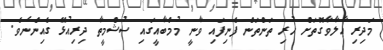
މަދިރި އާލާވާގޮތަށް ހުރި ތަންތަން ފެނިފައި ވާނީ މުމްބާއީގައި ސުޝްމީތާ ދިރިއުޅޭ ގެއިންނެވެ.